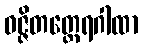
ဝဇ္ဇိတတ္ထေရဂါထာ